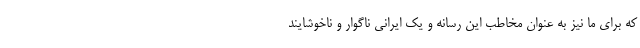
که برای ما نیز به عنوان مخاطب این رسانه و یک ایرانی ناگوار و ناخوشایند